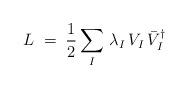
LaTeX: \begin{align*}L \;=\; \frac{1}{2} \sum_I \, \lambda_I \, V_I \, \bar{V}_I^\dagger\end{align*}